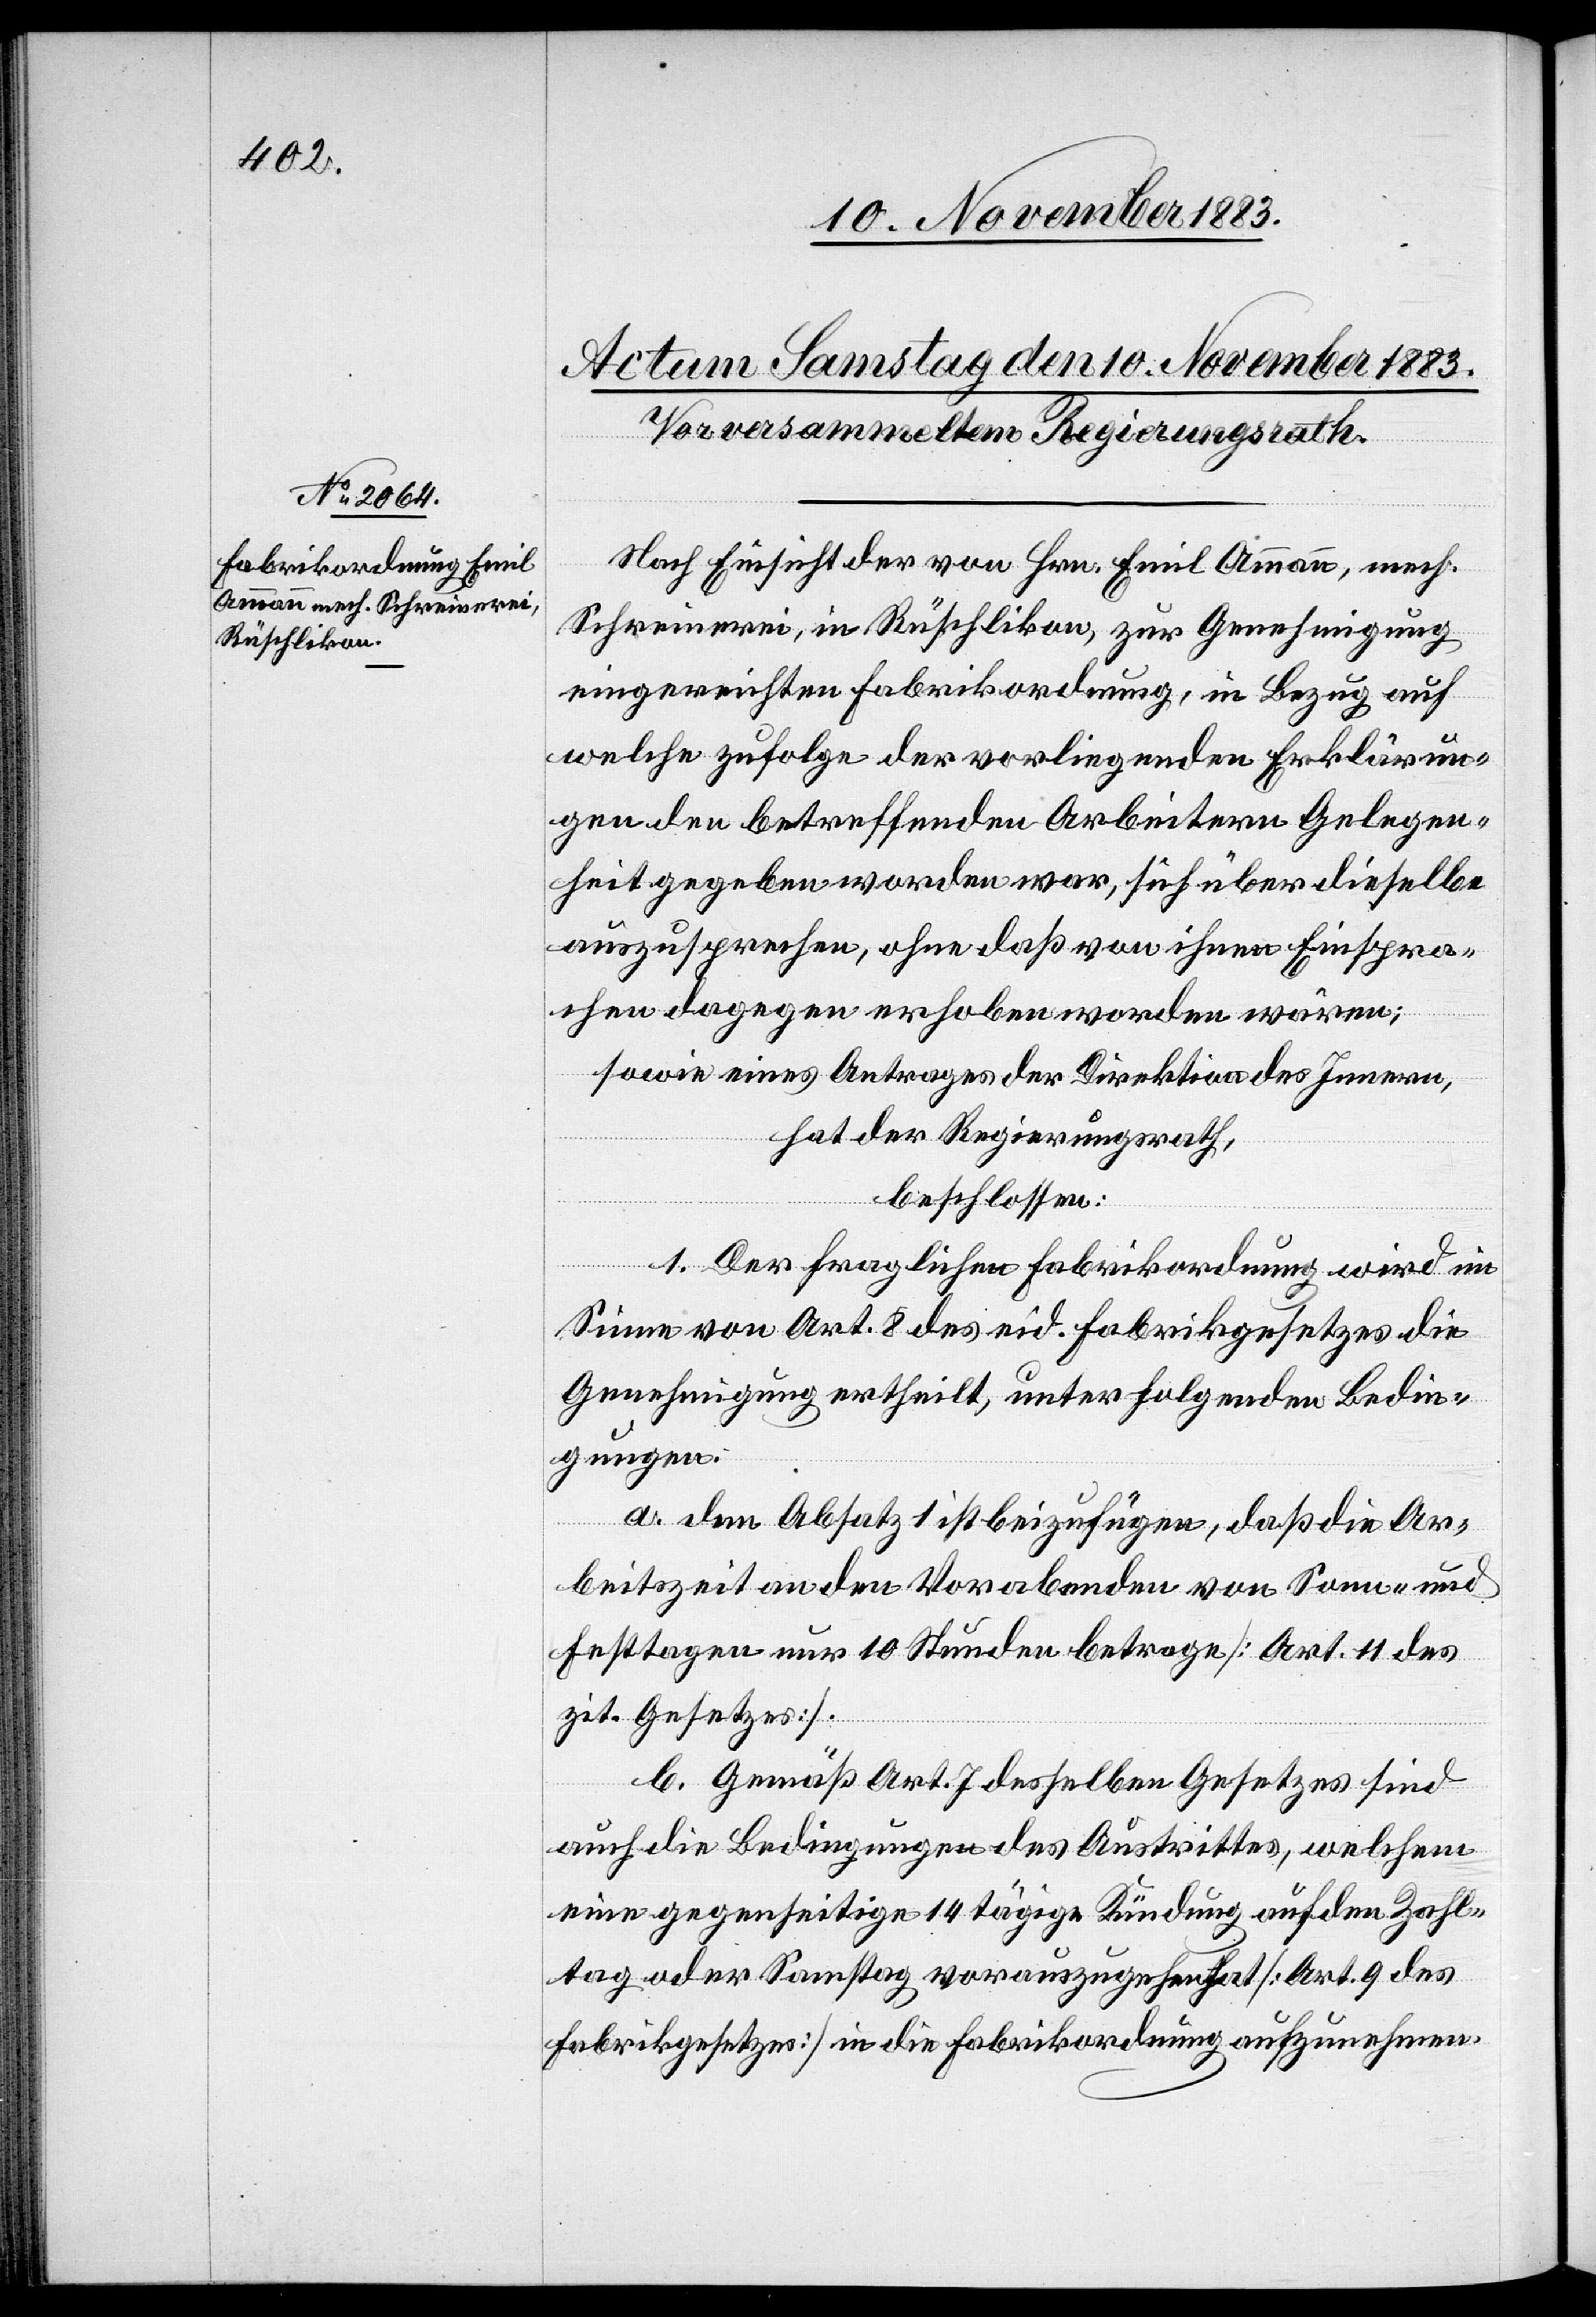
Nach Einsicht der von Hrn. Emil Ammann, mech.
Schreinerei, in Rüschlikon, zur Genehmigung
eingereichten Fabrikordnung, in Bezug auf
welche zufolge der vorliegenden Erklärun¬
gen den betreffenden Arbeitern Gelegen¬
heit gegeben worden war, sich über dieselbe
auszusprechen, ohne daß von ihnen Einspra¬
chen dagegen erhoben worden wären;
sowie eines Antrages der Direktion des Innern,
hat der Regierungsrath,
beschlossen:
1. Der fraglichen Fabrikordnung wird im
Sinne von Art. 8 des eid. Fabrikgesetzes die
Genehmigung ertheilt, unter folgenden Bedin¬
gungen:
a. dem Absatz 1 ist beizufügen, daß die Ar¬
beitszeit an den Vorabenden von Sonn- und
Festtagen nur 10 Stunden betrage [Art. 11 des
zit. Gesetzes]
b. Gemäß Art. 7 desselben Gesetzes sind
auch die Bedingungen des Austrittes, welchem
eine gegenseitige 14 tägige Kündung auf den Zahl¬
tag oder Samstag vorauszugehen hat [Art. 9 des
Fabrikgesetzes] in die Fabrikordnung aufzunehmen.